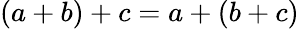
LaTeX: (a+b)+c=a+(b+c)